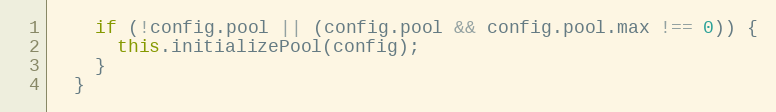
Language: JavaScript
    if (!config.pool || (config.pool && config.pool.max !== 0)) {
      this.initializePool(config);
    }
  }